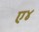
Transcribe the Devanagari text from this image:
ए४